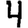
Digit: 4